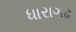
ધારાગઢ